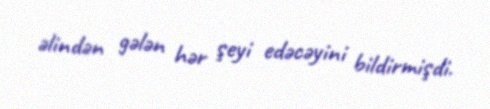
əlindən gələn hər şeyi edəcəyini bildirmişdi.